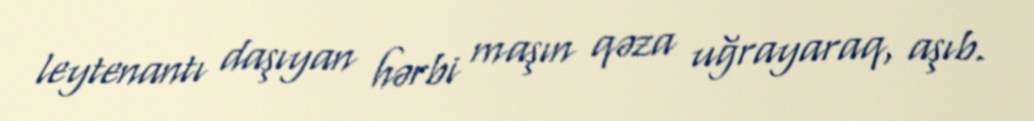
leytenantı daşıyan hərbi maşın qəza uğrayaraq, aşıb.